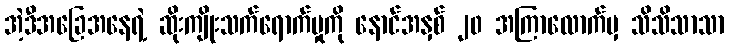
အဲ့ဒီအခြေအနေရဲ့ ဆိုးကျိုးသက်ရောက်မှုကို နောင်အနှစ် ၂၀ အကြာလောက်မှ သိသိသာသာ